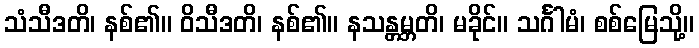
သံသီဒတိ၊ နစ်၏။ ဝိသီဒတိ၊ နစ်၏။ နသန္တမ္ဘတိ၊ မခိုင်။ သင်္ဂါမံ၊ စစ်မြေသို့။